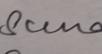
Signature authenticity: genuine